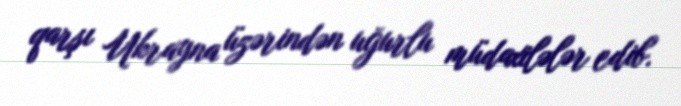
qarşı Ukrayna üzərindən uğurlu müdaxilələr edib.